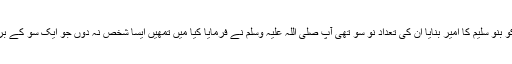
جب آپ صلی اللہ علیہ وسلم فتح مکہ کے لیے روانہ ہوئے تو آپ نے حضرت ضحاک کو بنو سلیم کا امیر بنایا ان کی تعداد نو سو تھی آپ صلی اللہ علیہ وسلم نے فرمایا کیا میں تمھیں ایسا شخص نہ دوں جو ایک سو کے برابر ہے تاکہ تم ایک ہزار ہو جاؤ پھر آپ نے حضرت ضحاک کو ان پر مقرر فرما دیا ۔